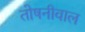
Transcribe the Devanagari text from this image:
तोषनीवाल